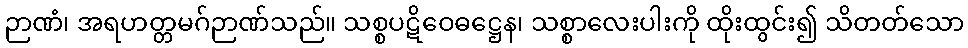
ဉာဏံ၊ အရဟတ္တမဂ်ဉာဏ်သည်။ သစ္စပဋိဝေဓဋ္ဌေန၊ သစ္စာလေးပါးကို ထိုးထွင်း၍ သိတတ်သော